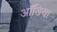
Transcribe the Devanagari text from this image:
ऑडिया